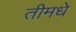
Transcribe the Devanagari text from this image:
तीमधे